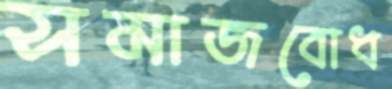
সমাজবোধ